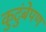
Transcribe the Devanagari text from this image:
कुटुंबेपण